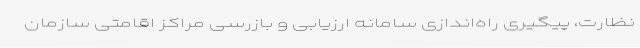
نظارت، پیگیری راه‌اندازی سامانه ارزیابی و بازرسی مراکز اقامتی سازمان